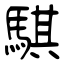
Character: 騏